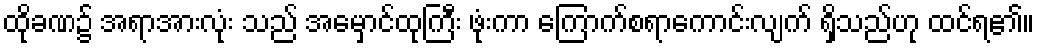
ထိုခဏ၌ အရာအားလုံး သည် အမှောင်ထုကြီး ဖုံးကာ ကြောက်စရာကောင်းလျက် ရှိသည်ဟု ထင်ရ၏။